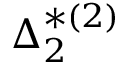
{ \boldsymbol { \Delta } } _ { 2 } ^ { * ( 2 ) }